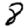
Digit: 8